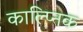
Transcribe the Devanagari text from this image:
काल्प्निक